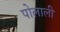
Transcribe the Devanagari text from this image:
पोलाली